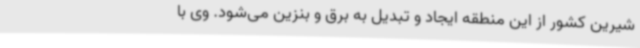
شیرین کشور از این منطقه ایجاد و تبدیل به برق و بنزین می‌شود. وی با